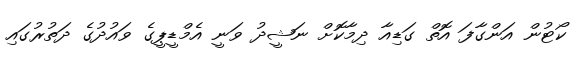
ކޯޓުން އަންގާފަ އޮތް ގަޑިއާ ދިމާކޮށް ނަޝީދު ވަނީ އެމްޑީޕީގެ ވައުދުގެ ދަތުރުގައި